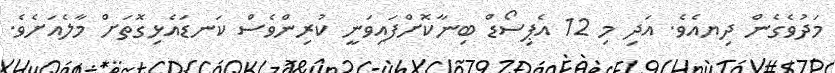
މަދުވެގެން ދިޔއެވެ. އަދި މި 12 އެޕިސޯޑް ބިނާކޮށްފައިވަނީ ކުރިންވެސް ކަނޑައެޅިގޮތަށް މާލެއަށެވެ.